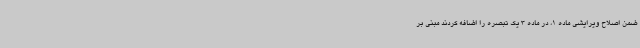
ضمن اصلاح ویرایشی ماده 1، در ماده 3 یک تبصره را اضافه کردند مبنی بر